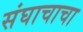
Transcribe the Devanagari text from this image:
संघाचाचा